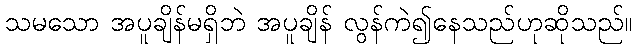
သမသော အပူချိန်မရှိဘဲ အပူချိန် လွန်ကဲ၍နေသည်ဟုဆိုသည်။